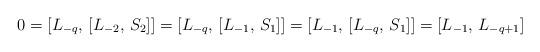
LaTeX: \begin{align*} 0 = [L_{-q}, \, [L_{-2}, \, S_2]]= [L_{-q}, \, [L_{-1}, \, S_1]] = [L_{-1}, \, [L_{-q}, \, S_1]] = [L_{-1}, \, L_{-q+1}]\end{align*}